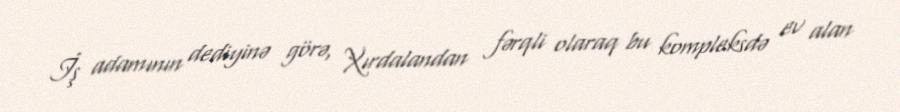
İş adamının dediyinə görə, Xırdalandan fərqli olaraq bu kompleksdə ev alan